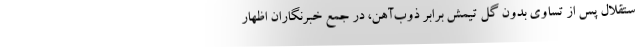
ستقلال پس از تساوی بدون گل تیمش برابر ذوب‌آهن، در جمع خبرنگاران اظهار